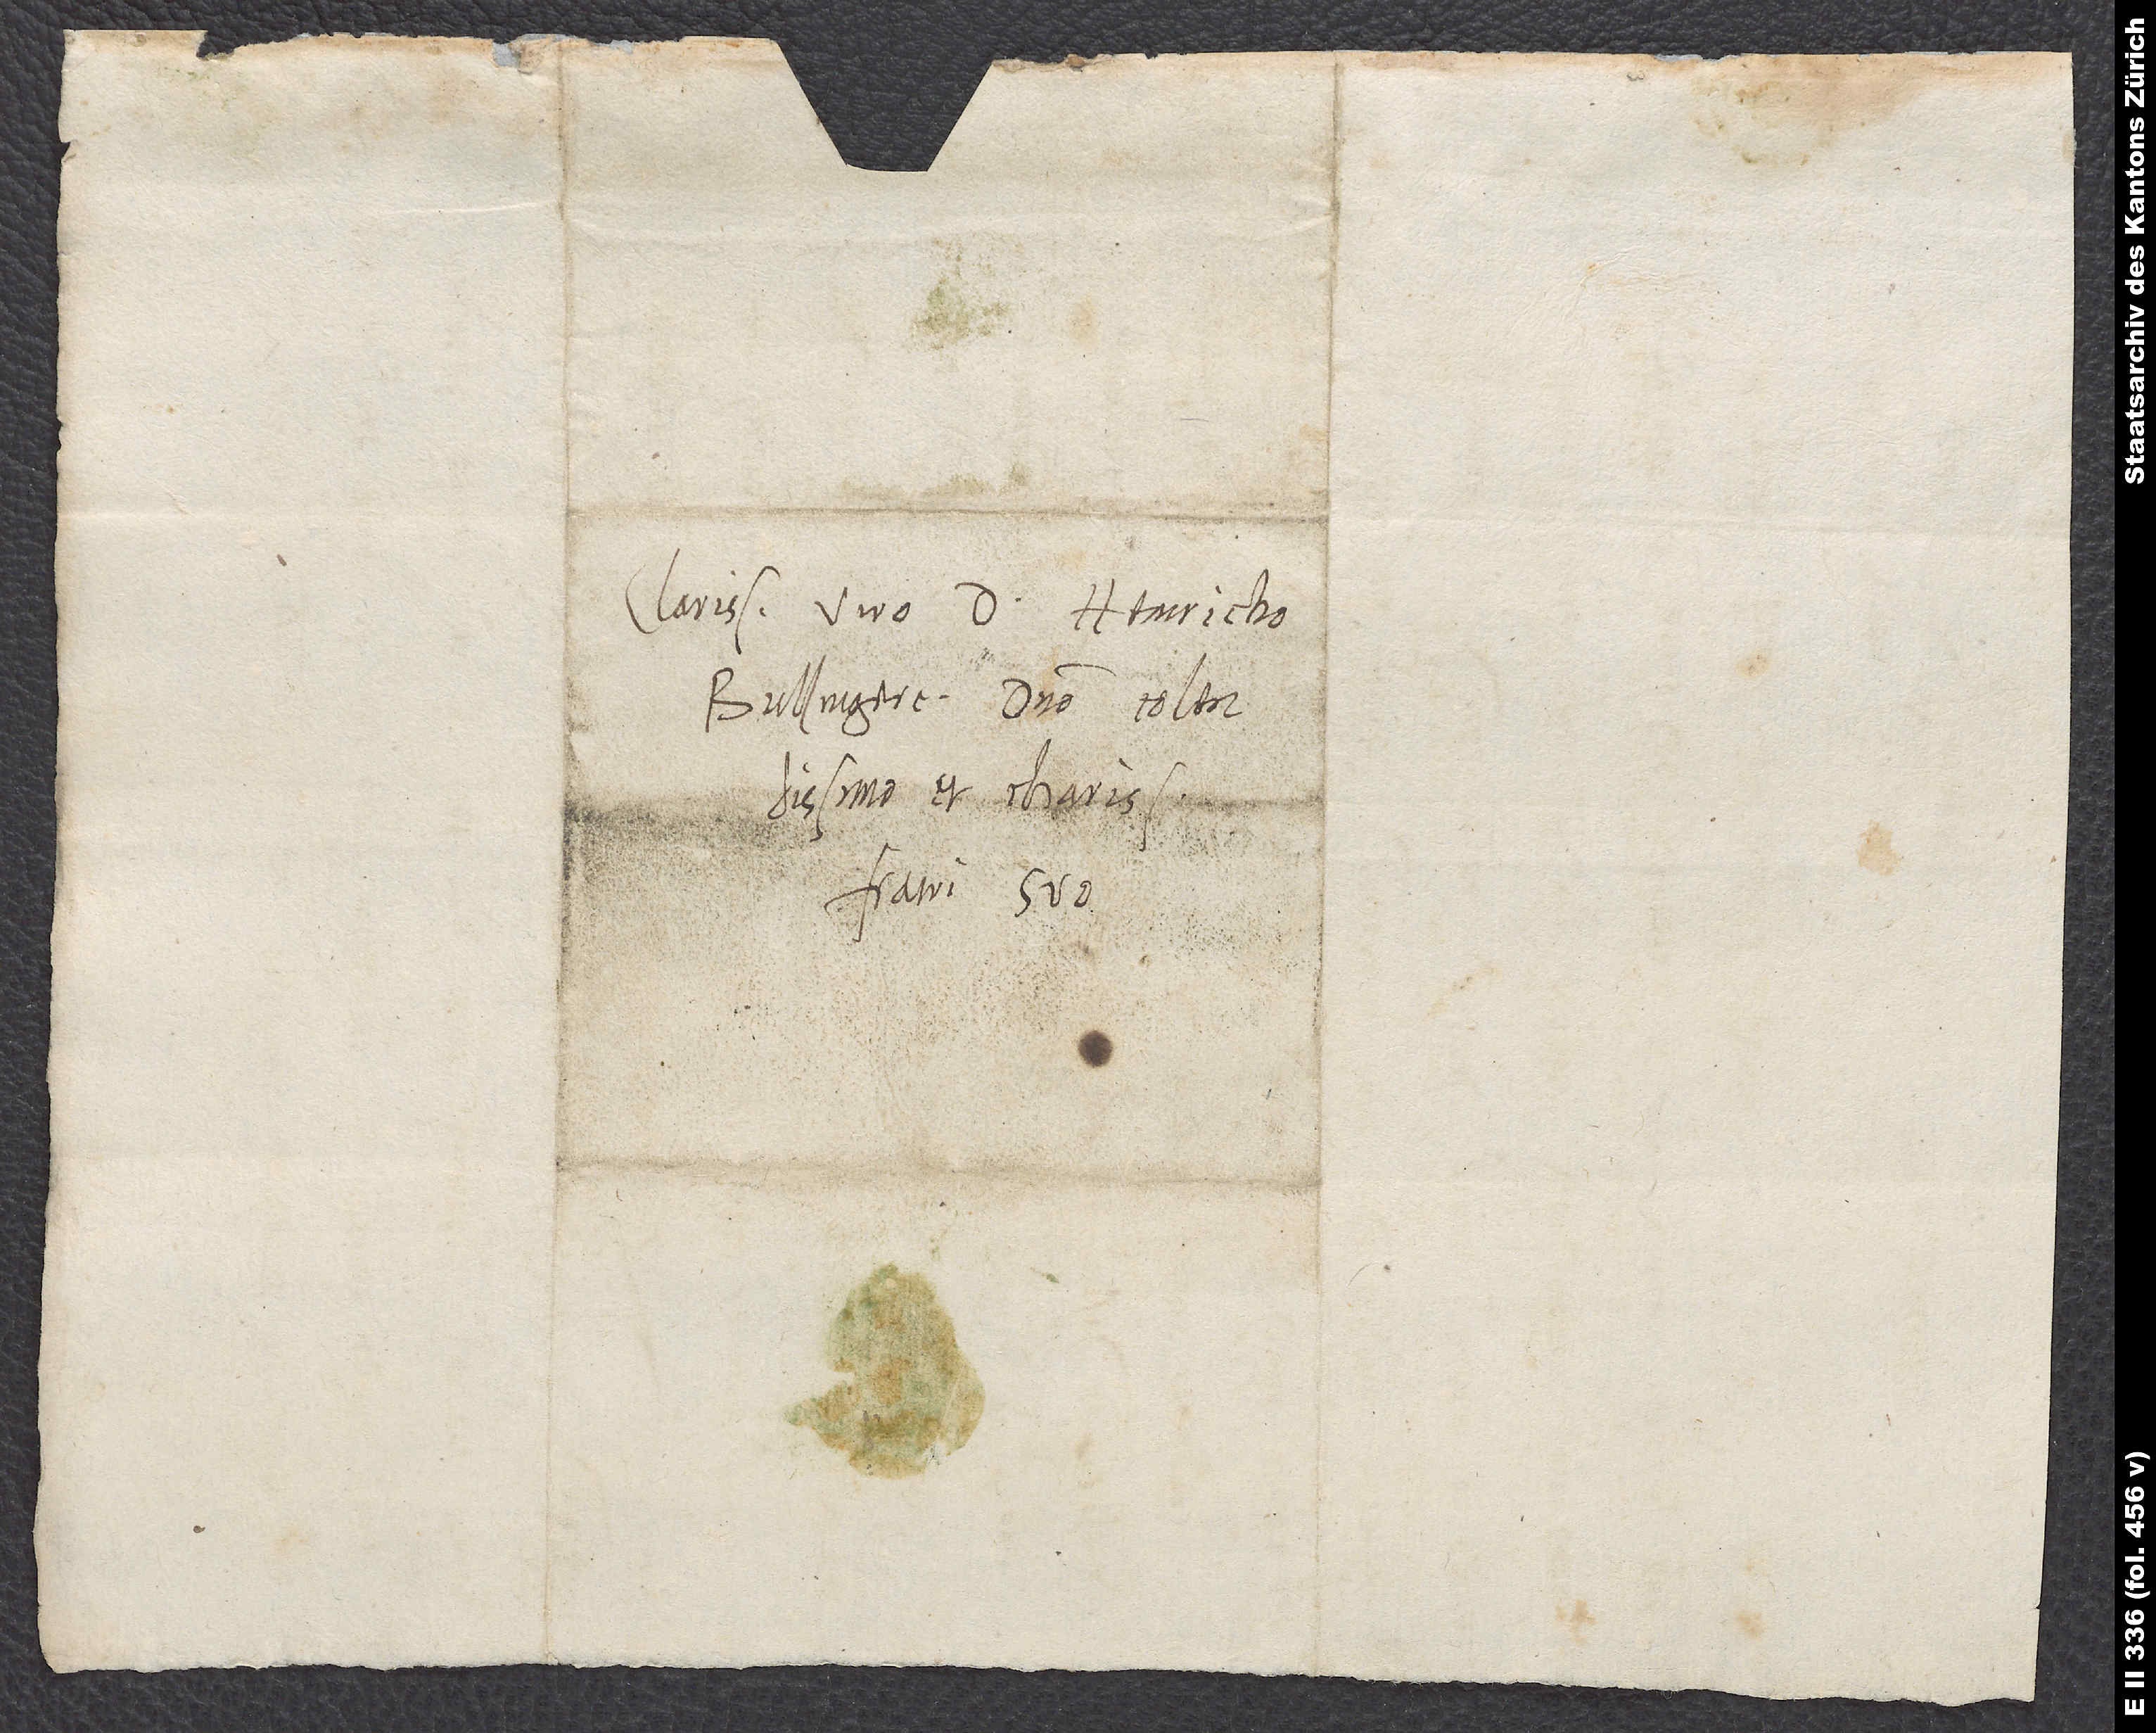
Clarissimo viro d. Heinricho